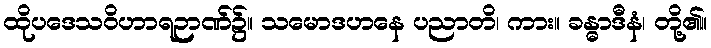
ထိုပဒေသဝိဟာရဉာဏ်၌။ သမောဒဟနေ ပညာတိ၊ ကား။ ခန္ဓာဒီနံ၊ တို့၏။